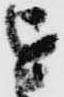
を